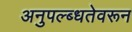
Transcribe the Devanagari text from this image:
अनुपल्ब्धतेवरून